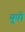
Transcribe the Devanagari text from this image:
युपो